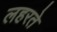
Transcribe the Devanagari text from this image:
लहरते